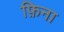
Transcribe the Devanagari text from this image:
फ़िना